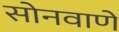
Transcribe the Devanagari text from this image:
सोनवाणे